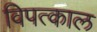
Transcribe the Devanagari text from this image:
विपत्काल